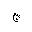
Letter: _gim